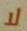
لا